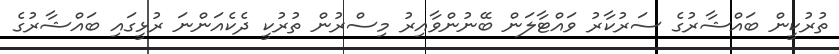
ތުރުކީން ބައްޝާރުގެ ސަރުކާރު ވައްޓާލަން ބޭނުންވާއިރު މިސްރުން ތުރުކީ ދެކެއަންނަ ރުޅީގައި ބައްޝާރުގެ